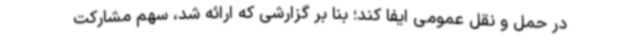
در حمل و نقل عمومی ایفا کند؛ بنا بر گزارشی که ارائه شد، سهم مشارکت